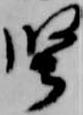
堅